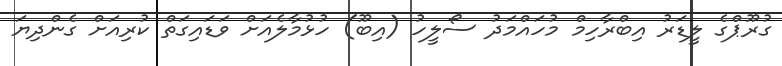
ގުރޫޕްގެ ލީޑަރު އިބްރާހިމް މުހައްމަދު ސޯލީހު (އިބޫ) ހުޅުމާލެއަށް ވަޑައިގަތް ކުރިއަށް ގެންދިޔަ